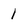
Character: 1